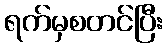
ရက်မှစတင်ပြီး